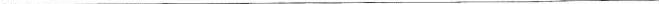
___